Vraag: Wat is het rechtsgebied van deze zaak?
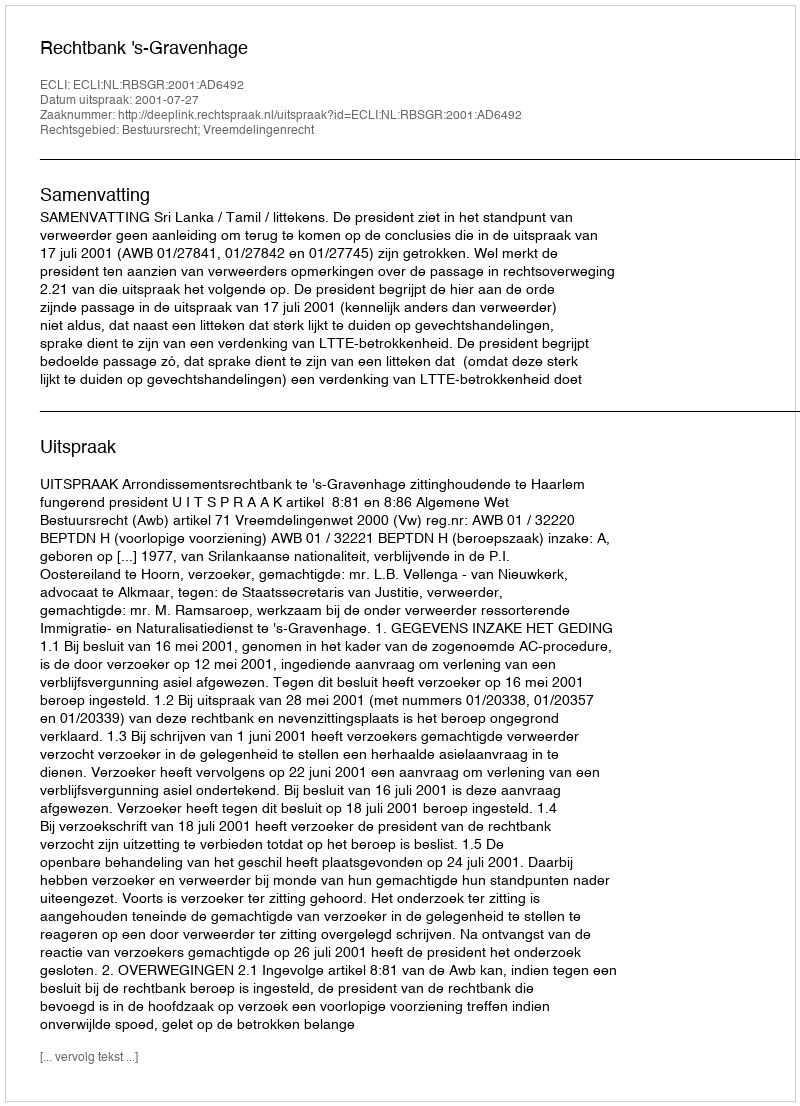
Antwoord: Bestuursrecht; Vreemdelingenrecht